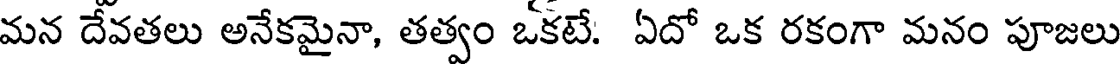
మన దేవతలు అనేకమైనా, తత్వం ఒకటే: ఏదో ఒక రకంగా మనం పూజలు